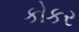
કોકર